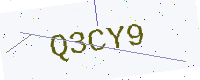
Text: Q3CY9